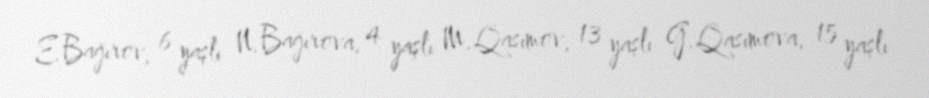
E.Bağırov, 6 yaşlı N.Bağırova, 4 yaşlı M.Qasımov, 13 yaşlı G.Qasımova, 15 yaşlı